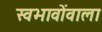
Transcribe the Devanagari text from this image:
स्वभावोंवाला